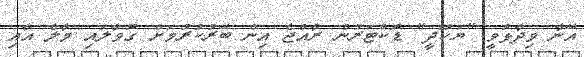
އޭނާ ވިދާޅުވީ "ޔަހޫދީ" ޑޮކްޓަރުން ރާއްޖެ އިން ބޭރުކުރުމަށް ގޮވާލައި މާލެ އާއި